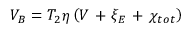
{ { V } _ { B } } = { { T } _ { 2 } } \eta \left( V \mathrm { ~ + ~ } { { \xi } _ { E } } \mathrm { ~ + ~ } { { \chi } _ { t o t } } \right)